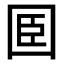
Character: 𡇖